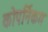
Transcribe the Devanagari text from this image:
कोपर्निकम